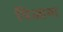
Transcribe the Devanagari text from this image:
पिआना